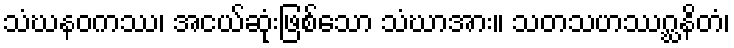
သံဃနဝကဿ၊ အငယ်ဆုံးဖြစ်သော သံဃာအား။ သတသဟဿဂ္ဃနိတံ၊